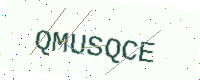
Text: QMUSQCE